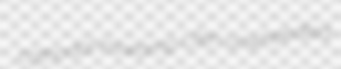
cathodal inswamp Ulen unwheedled